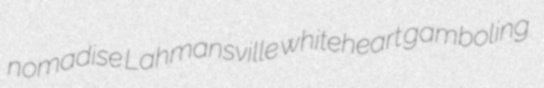
nomadise Lahmansville whiteheart gamboling